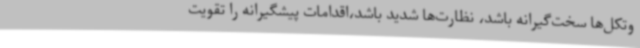
وتکل‌ها سخت‌گیرانه باشد، نظارت‌ها شدید باشد،اقدامات پیشگیرانه را تقویت